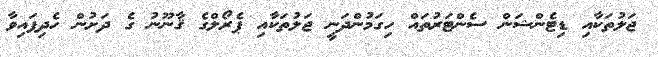
ޖަލުތަކާއި ޑިޓެންޝަން ސެންޓަރުތައް ހިގަމުންދަނީ ޖަލުތަކާއި ޕެރޯލްގެ ޤާނޫނު ގެ ދަށުން ހެދިފައިވާ